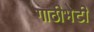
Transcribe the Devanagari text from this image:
गाठीभेटी